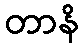
တာနိ